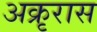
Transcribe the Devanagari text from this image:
अक्रृरास